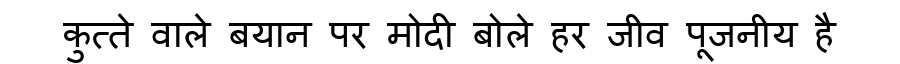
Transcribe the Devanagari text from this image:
कुत्ते वाले बयान पर मोदी बोले हर जीव पूजनीय है